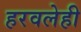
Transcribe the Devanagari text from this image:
हरवलेही